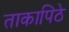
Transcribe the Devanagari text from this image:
ताकापिठे